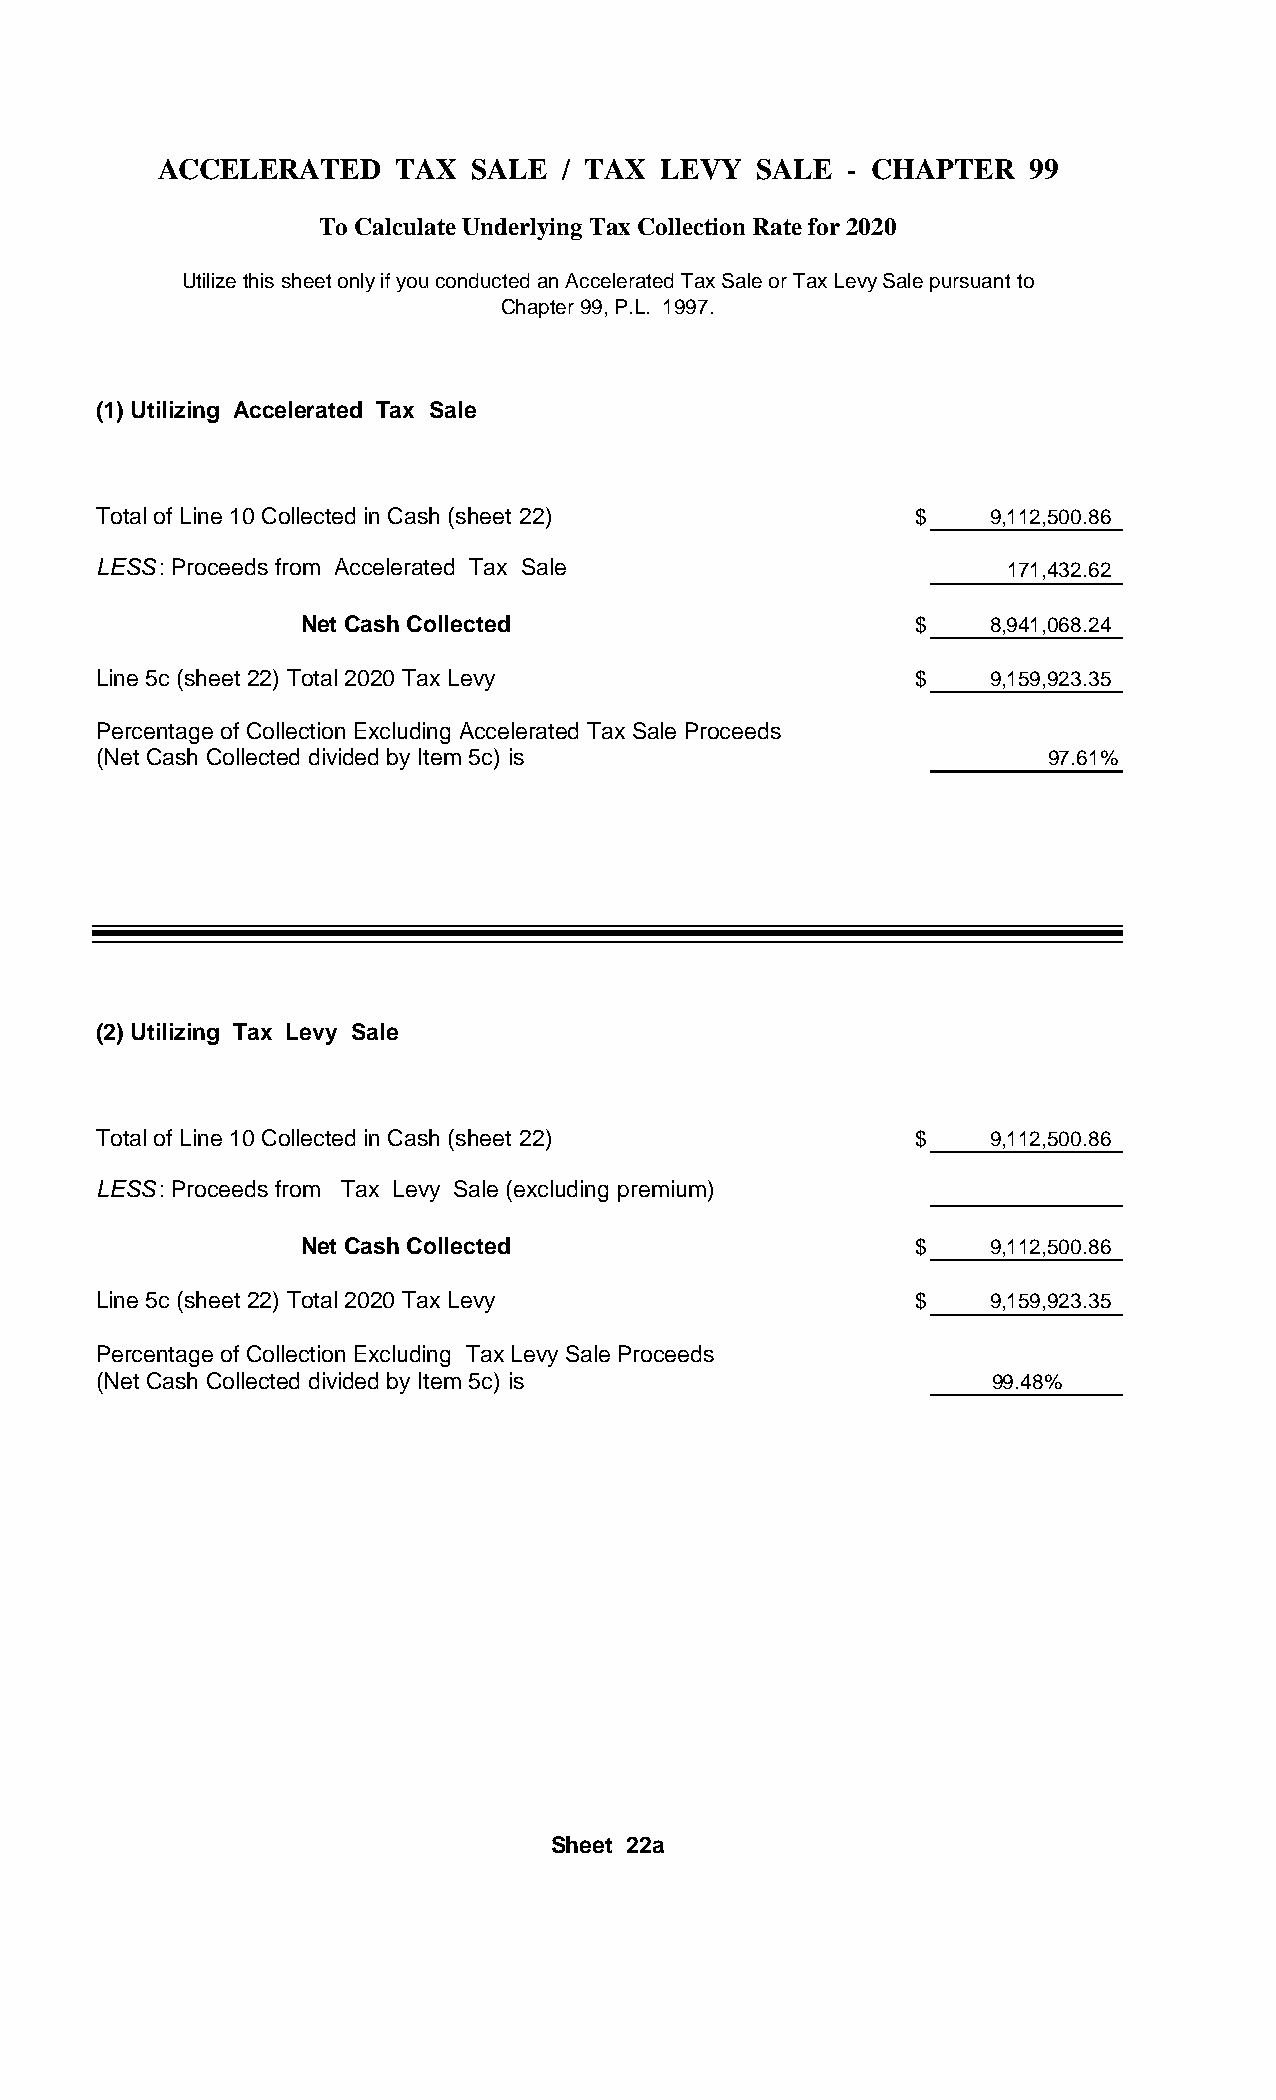
ACCELERATED     TAX  SALE  / TAX LEVY   SALE  - CHAPTER   99
 To Calculate Underlying Tax Collection Rate for 2020
 Utilize this sheet only if you conducted an Accelerated Tax Sale or Tax Levy Sale pursuant to
 Chapter 99, P.L. 1997.
 (1) Utilizing Accelerated Tax Sale
 Total of Line 10 Collected in Cash (sheet 22)         $    9,112,500.86
 LESS: Proceeds from Accelerated Tax Sale                    171,432.62
 Net Cash Collected                      $    8,941,068.24
 Line 5c (sheet 22) Total 2020 Tax Levy                $    9,159,923.35
 Percentage of Collection Excluding Accelerated Tax Sale Proceeds
 (Net Cash Collected divided by Item 5c) is                     97.61%
 (2) Utilizing Tax Levy Sale
 Total of Line 10 Collected in Cash (sheet 22)         $    9,112,500.86
 LESS: Proceeds from Tax Levy Sale (excluding premium)
 Net Cash Collected                      $    9,112,500.86
 Line 5c (sheet 22) Total 2020 Tax Levy                $    9,159,923.35
 Percentage of Collection Excluding Tax Levy Sale Proceeds
 (Net Cash Collected divided by Item 5c) is                 99.48%
 Sheet 22a